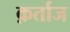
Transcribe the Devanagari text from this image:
क़र्ताज